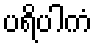
ပရိပါကံ